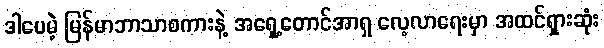
ဒါပေမဲ့ မြန်မာဘာသာစကားနဲ့ အရှေ့တောင်အာရှ လေ့လာရေးမှာ အထင်ရှားဆုံး